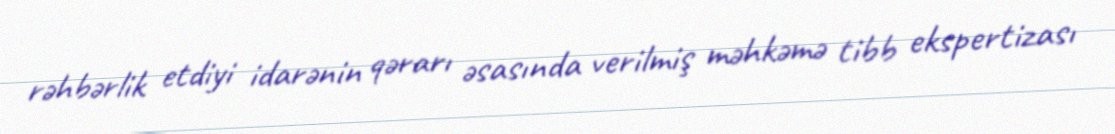
rəhbərlik etdiyi idarənin qərarı əsasında verilmiş məhkəmə tibb ekspertizası